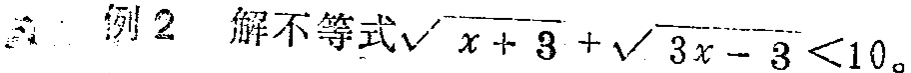
例2 解不等式\(\sqrt{x + 3}+\sqrt{3x - 3}<10\)。